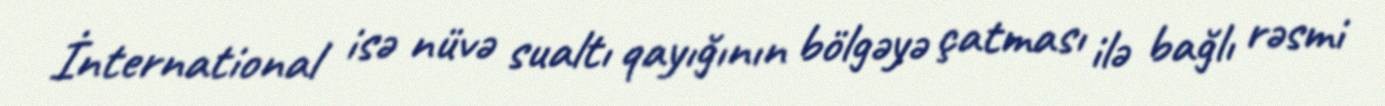
İnternational isə nüvə sualtı qayığının bölgəyə çatması ilə bağlı rəsmi